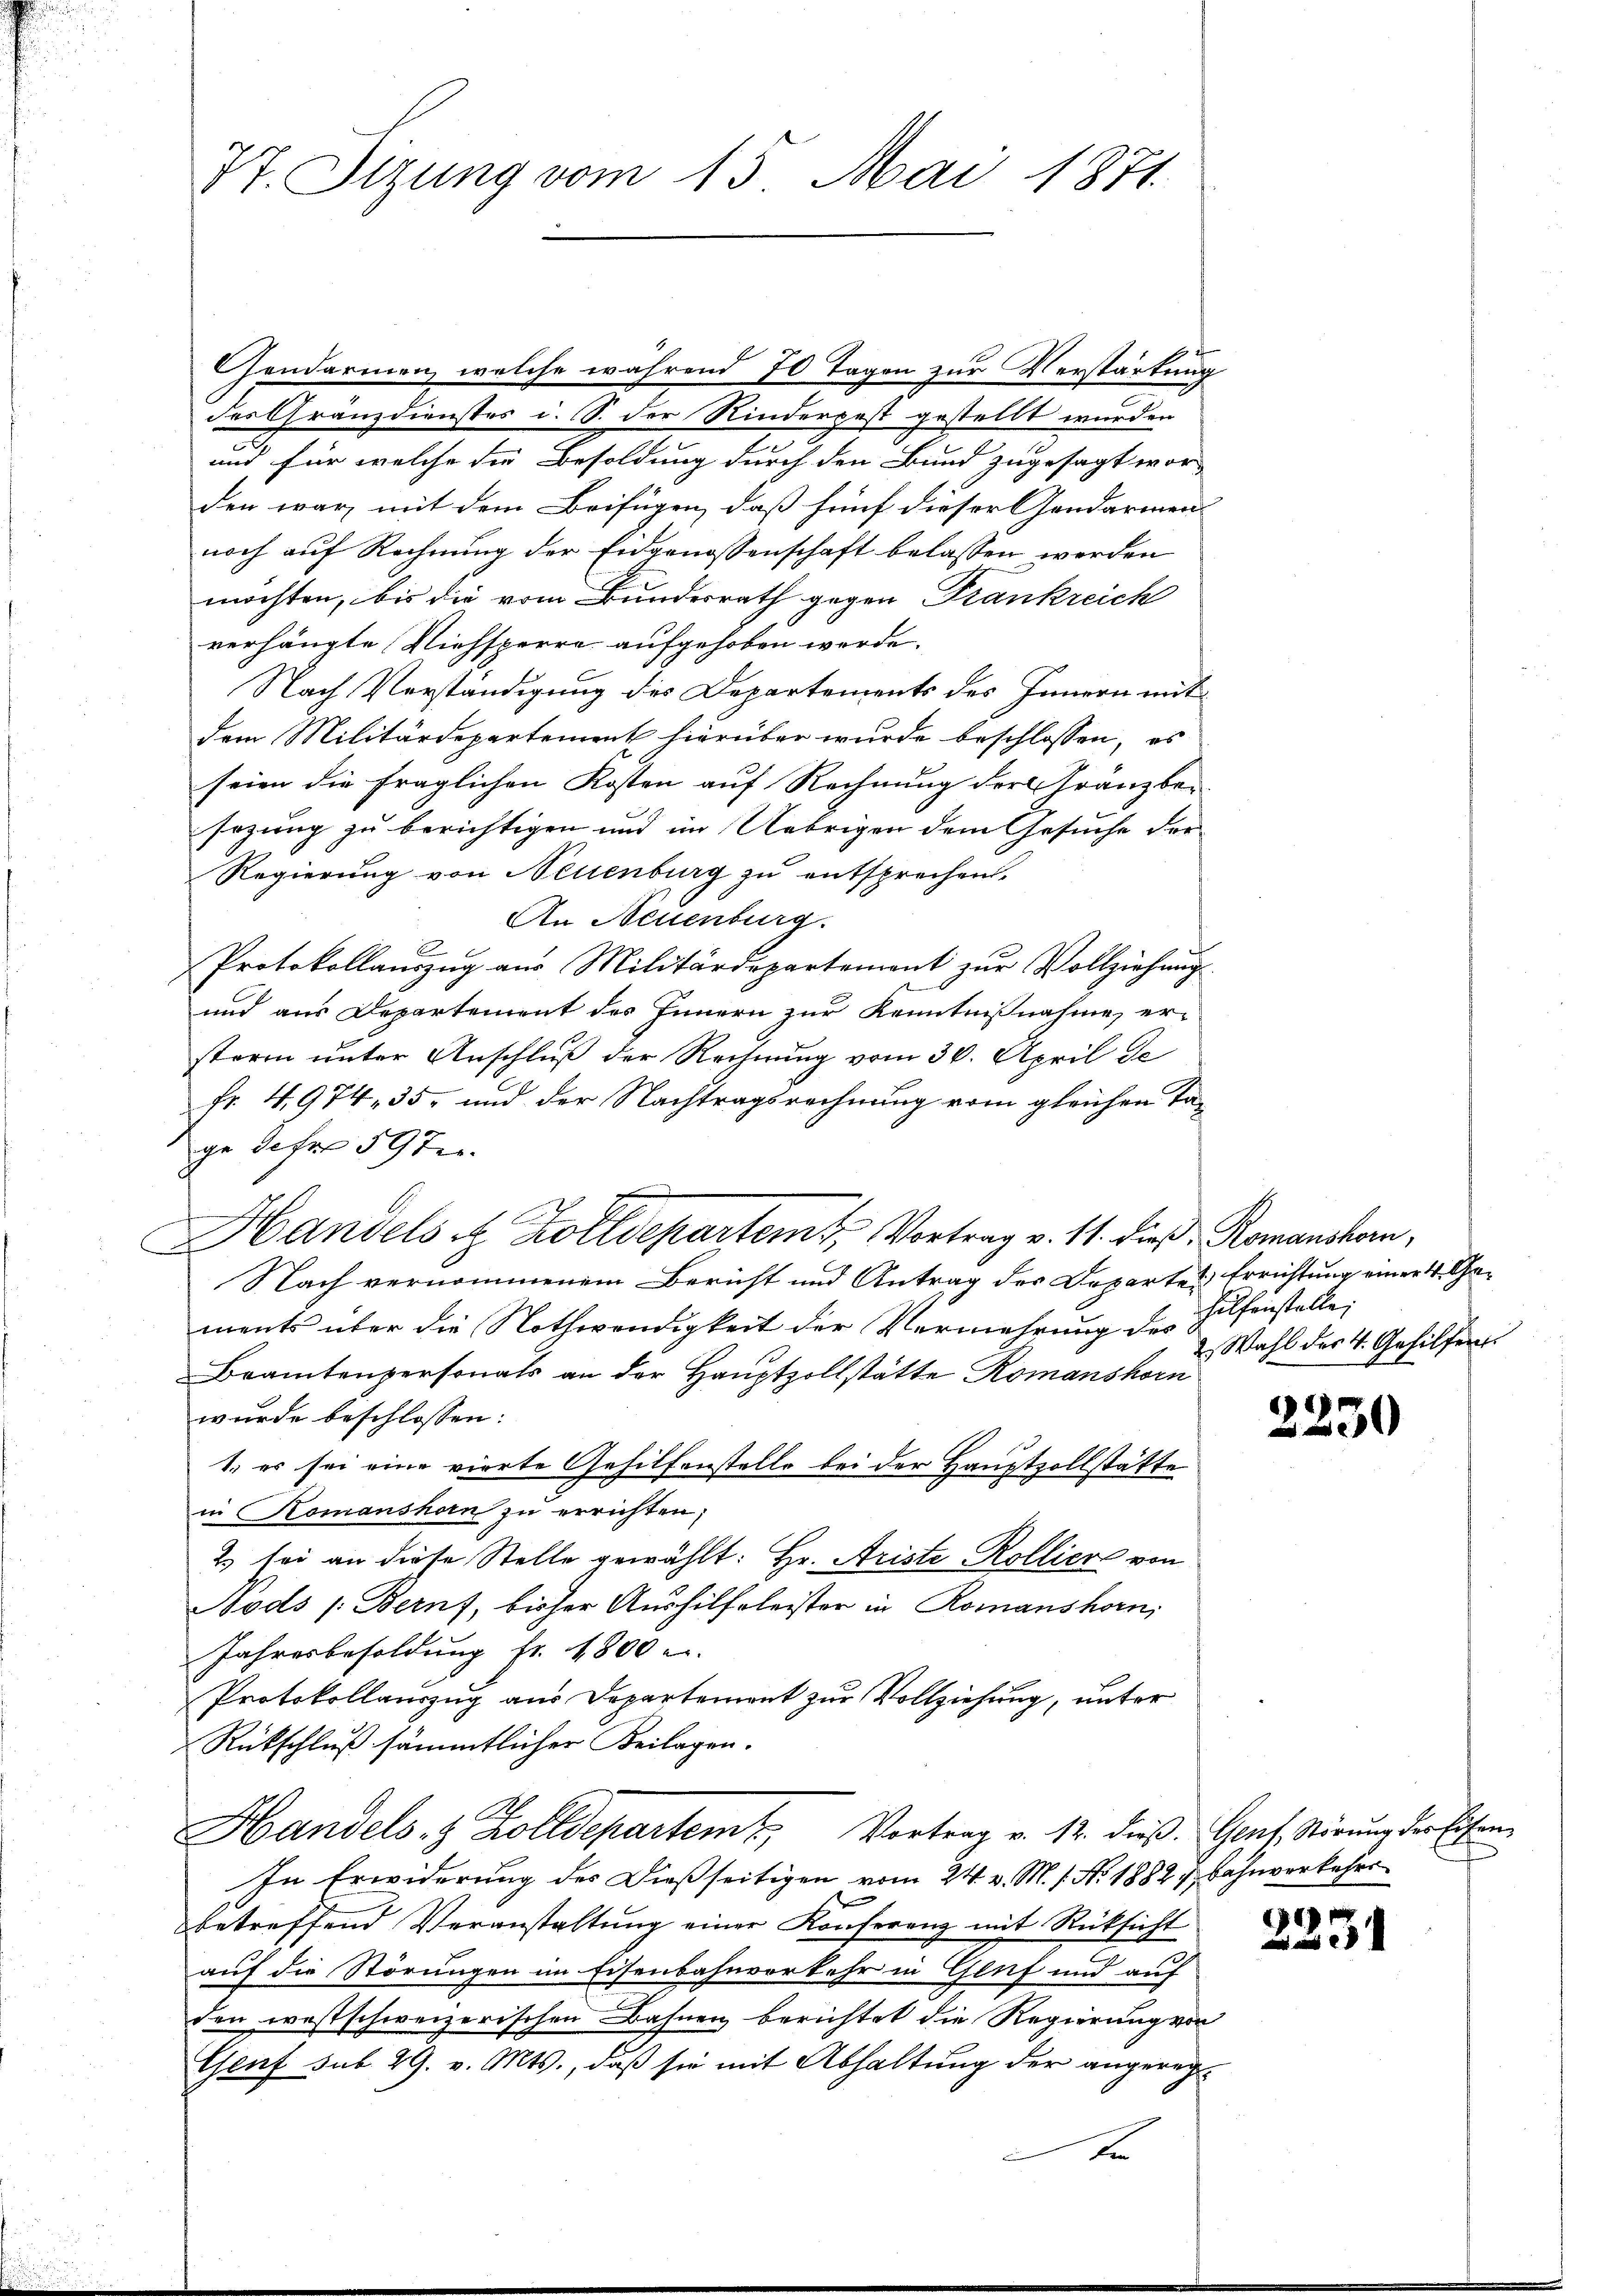
St. Sizung vom 15. Mai 1871

Gendarmen, welche während 70 Tagen zur Verstärkung
des Gränzdienstes i. S. der Kinderpest gestellt wurden
d
und für welche die Besoldung durch den Bund zugesagt wor-
den war, mit dem Beifügen, daß fünf dieser Gendarmennoch auf Rechnung der Eidgenossenschaft belassen werden
möchten, bis die vom Bunderrath gegen Frankreich
verhängte Viehsperre aufgehoben werde.
Nach Verständigung des Departements des Innern mit
dem Militärdepartement hierüber wurde beschlossen, es
seien die fraglichen Kosten auf Rechnung der Gränzbe-
sazung zu berichtigen und im Uebrigen dem Gesuche der
Regierung von Neuenburg zu entsprechen.
An Neuenburg.
Protokollauszug aus Militärdepartement zŭr Vollziehŭng
und aus Departement des Innern zur Kenntnißnahme, er-
sterin unter Anschluß der Rechnung vom 30. April de
Fr. 4974, 35, und der Nachtragsrechnung vom gleichen Tage defr 59 ten.
Handels u. Zolldepartem Vortrag v. 11. dieß: Romanshorn,
Nach vernommenem Bericht und Antrag des Departe Errichtung einer 4 Gements über die Nothwendigkeit der Vermehrung des Hilfenstelle
Beamtenpersonals an der Hauptzollstätte Romanshorn
wurde beschlossen:
1. es sei eine vierte Gehilfenstelle bei der Hauptzollstätte
in Komanshorn zu errichten;
2) sei an diese Stelle gewählt: Hr. Ariste Kolliere von
Nods /: Beruf, bisher Aushilfeleister in Romanshorn,
Jahresbesoldung fr. 1800 e
Protokollauszug aus Departement zur Vollziehung, unter
Rückschluß sämmtlicher Beilagen.
Handels 8 Zolldepartem Vortrag v. 12. dieß. Genf. Stirung der Eisen¬
In Erwiderung des Dießseitigen vom 24. v. M. 1. No. 1882 & Bahnverkehrs
f
betreffend Veranstaltung einer Konferenz mit Rücksicht
auf die Störungen im Eisenbahnvorkehr in Genf und auf
den westschweizerischen Bahnen berichtet die Regierung von
Genf sub 29. v. Mts., daß sie mit Abhaltung der angereg¬

2. Wahl der 4. Gehilfen.

2230